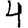
Digit: 4